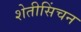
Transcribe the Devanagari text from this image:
शेतीसिंचन